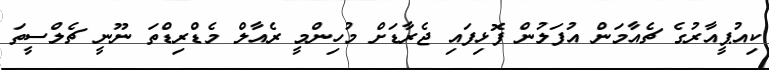
ކިއުޕީއާރުގެ ޗެއާމަން އުފަލުން ފޮޅިފައި ޖެރާޑަށް މުހިންމީ ރެއާލް މެޑްރިޑްތަ ނޫނީ ޗެލްސީތަ